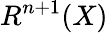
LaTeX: R^{n+1}(X)